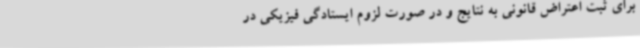
برای ثبت اعتراض قانونی به نتایج و در صورت لزوم ایستادگی فیزیکی در